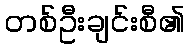
တစ်ဦးချင်းစီ၏